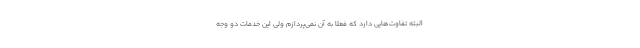
البته تفاوت‌هایی دارد که فعلاً به آن نمی‌پردازم ولی این خدمات دو وجه